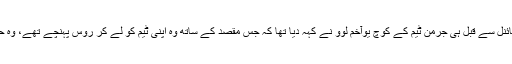
کفیڈریشن کپ کے فائنل سے قبل ہی جرمن ٹیم کے کوچ یوآخم لوو نے کہہ دیا تھا کہ جس مقصد کے ساتھ وہ اپنی ٹیم کو لے کر روس پہنچے تھے، وہ حاصل کر لیا گیا ہے۔